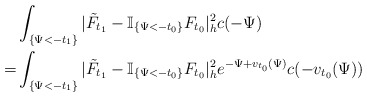
\begin{align*}&\int_{\{\Psi<-t_1\}}|\tilde{F}_{t_1}-\mathbb{I}_{\{\Psi< -t_0\}}F_{t_0}|^2_hc(-\Psi)\\= &\int_{\{\Psi<-t_1\}}|\tilde{F}_{t_1}-\mathbb{I}_{\{\Psi< -t_0\}}F_{t_0}|^2_he^{-\Psi+v_{t_0}(\Psi)}c(-v_{t_0}(\Psi))\\\end{align*}